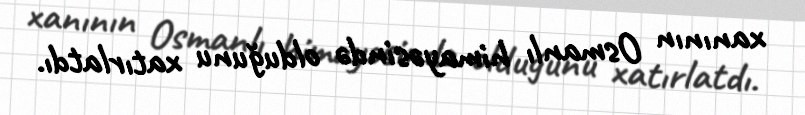
xanının Osmanlı himayəsində olduğunu xatırlatdı.